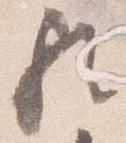
歟